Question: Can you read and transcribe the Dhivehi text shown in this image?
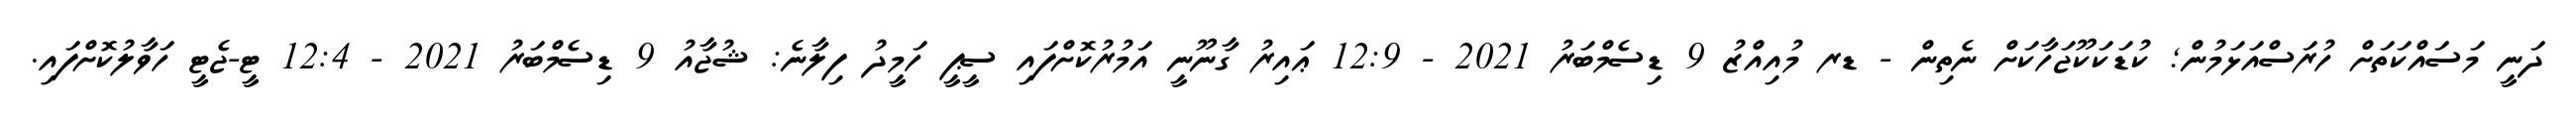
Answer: ދަނީ މަސައްކަތަށް ހުރަސްއަޅަމުން; ކުޑަކަކޫޖަހާކަށް ނެތިން - ޑރ މުއިއްޒު 9 ޑިސެމްބަރު 2021 - 12:9 ޢައިރު ގާނޫނީ އަމުރުކޮށްފައި ސީޕީ ހަމީދު ފިލާނެ: ޝުޖާއު 9 ޑިސެމްބަރު 2021 - 12:4 ޓީ-ޖެޓީ ހަވާލުކޮށްފައި.